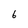
Character: 6